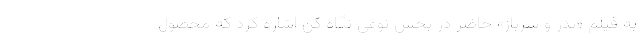
به فیلم «پدر و سرباز» حاضر در بخش نوعی نگاه کن اشاره کرد که محصول